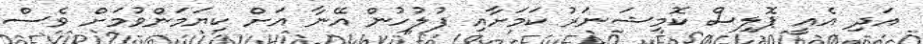
އަދި އެއީ ޕޮލިސް ކޮމިޝަނަރު ކަމަށާއި ފުލުހުން އޭނާ އަށް ކިޔަމަންވުމަށް ވެސް